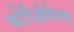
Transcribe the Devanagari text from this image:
कोरिओलेनस